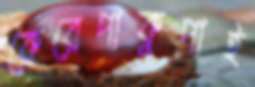
কেরেপাকুপাই